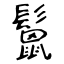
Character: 鬛